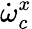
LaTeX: \dot{\omega}_{c}^{x}